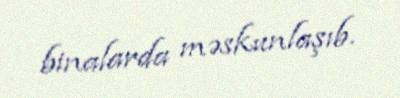
binalarda məskunlaşıb.